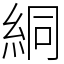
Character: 絧